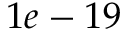
1 e - 1 9